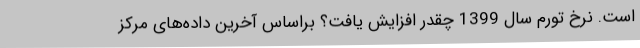
است. نرخ تورم سال 1399 چقدر افزایش یافت؟ براساس آخرین داده‌های مرکز